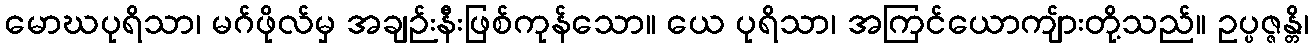
မောဃပုရိသာ၊ မဂ်ဖိုလ်မှ အချဉ်းနီးဖြစ်ကုန်သော။ ယေ ပုရိသာ၊ အကြင်ယောကျ်ားတို့သည်။ ဥပ္ပဇ္ဇန္တိ၊